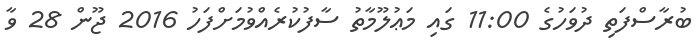
ބުރާސްފަތި ދުވަހުގެ 11:00 ގައި މަޢުލޫމާތު ސާފުކުރެއްވުމަށްފަހު 2016 ޖޫން 28 ވާ